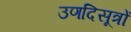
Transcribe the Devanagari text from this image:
उणदिसूत्रों